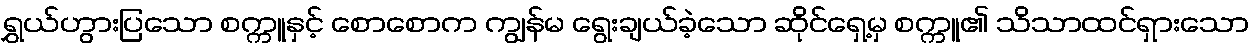
ရွှယ်ဟွားပြသော စက္ကူနှင့် စောစောက ကျွန်မ ရွေးချယ်ခဲ့သော ဆိုင်ရှေ့မှ စက္ကူ၏ သိသာထင်ရှားသော